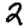
Digit: 2